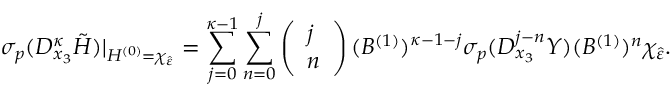
\sigma _ { p } ( D _ { x _ { 3 } } ^ { \kappa } \tilde { H } ) \vert _ { H ^ { ( 0 ) } = \chi _ { \hat { \varepsilon } } } = \sum _ { j = 0 } ^ { \kappa - 1 } \sum _ { n = 0 } ^ { j } \left( \begin{array} { l } { j } \\ { n } \end{array} \right) ( B ^ { ( 1 ) } ) ^ { \kappa - 1 - j } \sigma _ { p } ( D _ { x _ { 3 } } ^ { j - n } Y ) ( B ^ { ( 1 ) } ) ^ { n } \chi _ { \hat { \varepsilon } } .